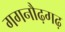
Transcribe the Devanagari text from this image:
गगनौढ़गढ़